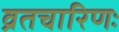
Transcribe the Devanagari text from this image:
व्रतचारिणः